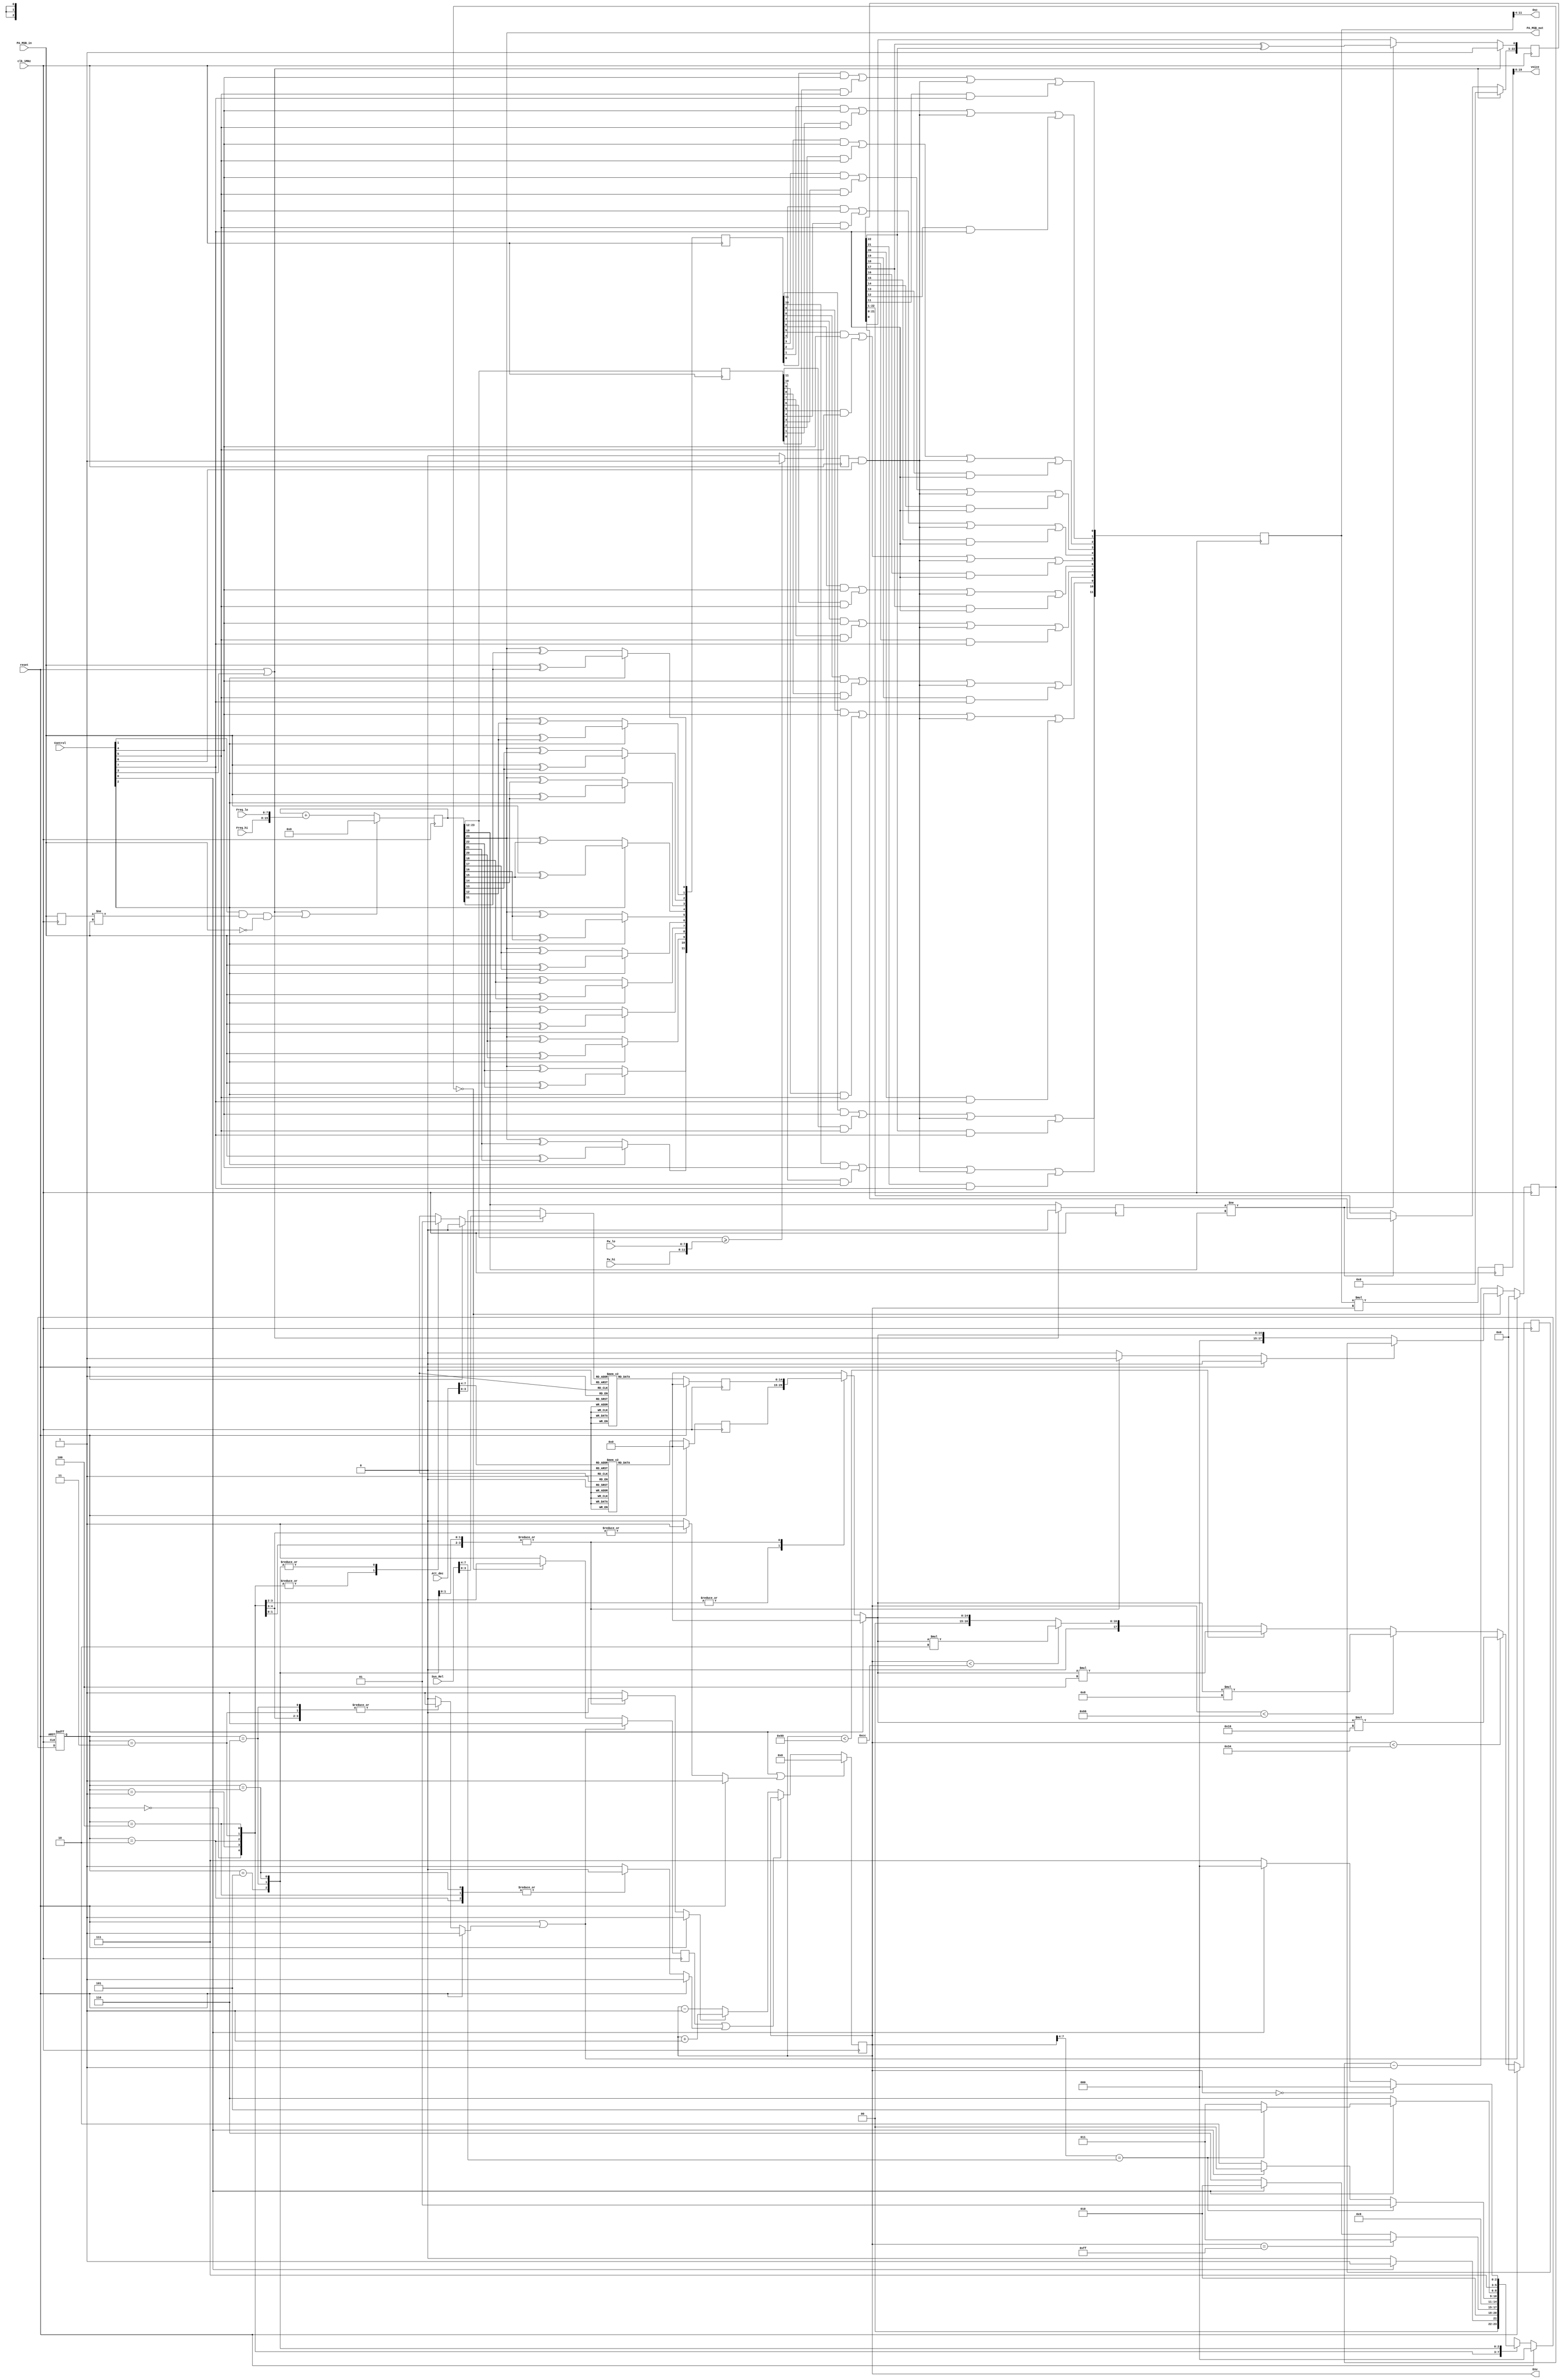
// ============================================================================
//
//                                 SID 6581 (voice)
//
//     This piece of VHDL code describes a single SID voice (sound channel)
//
// ============================================================================
// to do:   - better resolution of result signal voice, this is now only 12bits
// but it could be 20 !! Problem, it does not fit the PWM-dac
// ============================================================================

module sid_voice
  (
     input         clk_1MHz , // this line drives the oscilator
     input         reset , // active high signal (i.e. registers are reset when reset=1)
     input [7:0]   Freq_lo , // low-byte of frequency register
     input [7:0]   Freq_hi , // high-byte of frequency register
     input [7:0]   Pw_lo , // low-byte of PuleWidth register
     input [3:0]   Pw_hi , // high-nibble of PuleWidth register
     input [7:0]   Control , // control register
     input [7:0]   Att_dec , // attack-deccay register
     input [7:0]   Sus_Rel , // sustain-release register
     input         PA_MSB_in , // Phase Accumulator MSB input
     output        PA_MSB_out , // Phase Accumulator MSB output
     output [7:0]  Osc , // Voice waveform register
     output [7:0]  Env , // Voice envelope register
     output [11:0] voice
     );

// ============================================================================
// Altera multiplier
// COMPONENT lpm_mult
// GENERIC
// (
//    lpm_hint    : STRING;
//    lpm_representation      : STRING;
//    lpm_type    : STRING;
//    lpm_widtha     : NATURAL;
//    lpm_widthb     : NATURAL;
//    lpm_widthp     : NATURAL;
//    lpm_widths     : NATURAL
// );
// PORT
// (
//    dataa    : IN  STD_LOGIC_VECTOR (11 DOWNTO 0);
//    datab    : IN  STD_LOGIC_VECTOR (7 DOWNTO 0);
//    result   : OUT STD_LOGIC_VECTOR (19 DOWNTO 0)
// );
// END COMPONENT;

// ============================================================================

   reg [23:0]      accumulator              = 0;
   reg             accu_bit_prev            = 1'b0;
   reg             PA_MSB_in_prev           = 1'b0;

   // this type of signal has only two states 0 or 1 (so no more bits are required)
   reg             pulse                    = 1'b0;
   reg [11:0]      sawtooth                 = 0;
   reg [11:0]      triangle                 = 0;
   wire [11:0]     noise;
   reg [22:0]      LFSR                     = 0;

   wire [15:0]     frequency;
   wire [11:0]     pulsewidth;

   // Envelope Generator
   `define st_idle          3'd0
   `define st_attack        3'd1
   `define st_attack_lp     3'd2
   `define st_decay         3'd3
   `define st_decay_lp      3'd4
   `define st_sustain       3'd5
   `define st_release       3'd6
   `define st_release_lp    3'd7

   reg [2:0]   cur_state;
   reg [2:0]   next_state;

   reg [14:0]  divider_value           = 0;
   reg [14:0]  divider_attack          = 0;
   reg [14:0]  divider_dec_rel         = 0;
   reg [17:0]  divider_counter         = 0;
   reg [17:0]  exp_table_value         = 0;
   reg         exp_table_active        = 1'b0;
   reg         divider_rst             = 1'b0;
   reg [3:0]   Dec_rel                 = 0;
   reg         Dec_rel_sel             = 1'b0;

   reg [7:0]   env_counter             = 0;
   reg         env_count_hold_A        = 1'b0;
   reg         env_count_hold_B        = 1'b0;
   reg         env_cnt_up              = 1'b0;
   reg         env_cnt_clear           = 1'b0;

   reg [11:0]  signal_mux              = 0;
   reg [19:0]  signal_vol              = 0;

   ////////////////////////////////////////////////////////////////////////////////////-

   // stop the oscillator when test = 1'b1
   wire    test                   = Control[3];
   // Ring Modulation was accomplished by substituting the accumulator MSB of an
   // oscillator in the EXOR function of the triangle waveform generator with the
   // accumulator MSB of the previous oscillator. That is why the triangle waveform
   // must be selected to use Ring Modulation.
   wire    ringmod                 = Control[2];
   // Hard Sync was accomplished by clearing the accumulator of an Oscillator
   // based on the accumulator MSB of the previous oscillator.
   wire    sync                    = Control[1];
   //
   wire    gate                    = Control[0];

////////////////////////////////////////////////////////////////////////////////////-

   // output the Phase accumulator's MSB for sync and ringmod purposes
   assign PA_MSB_out              = accumulator[23];
   // output the upper 8-bits of the waveform.
   // Useful for random numbers (noise must be selected)
   assign Osc                     = signal_mux[11:4];
   // output the envelope register, for special sound effects when connecting this
   // signal to the input of other channels/voices
   assign Env                     = env_counter;
   // use the register value to fill the variable
   assign frequency               = { Freq_hi, Freq_lo };
   // use the register value to fill the variable
   assign pulsewidth              = { Pw_hi, Pw_lo };
   //
   assign voice                   = signal_vol[19:8];

   // Phase accumulator :
   // "As I recall, the Oscillator is a 24-bit phase-accumulating design of which
   // the lower 16-bits are programmable for pitch control. The output of the
   // accumulator goes directly to a D/A converter through a waveform selector.
   // Normally, the output of a phase-accumulating oscillator would be used as an
   // address into memory which contained a wavetable, but SID had to be entirely
   // self-contained and there was no room at all for a wavetable on the chip."
   // "Hard Sync was accomplished by clearing the accumulator of an Oscillator
   // based on the accumulator MSB of the previous oscillator."
   always @(posedge clk_1MHz)
     begin
        PA_MSB_in_prev <= PA_MSB_in;
        // the reset and test signal can stop the oscillator,
        // stopping the oscillator is very useful when you want to play "samples"
        if ((reset == 1'b1) | (test == 1'b1) | ((sync == 1'b1) & (PA_MSB_in_prev != PA_MSB_in) & (PA_MSB_in == 1'b0)))
          accumulator <= 0;
        else
          // accumulate the new phase (i.o.w. increment env_counter with the freq. value)
          accumulator <= accumulator + {1'b0, frequency};
     end // always @ (posedge clk_1MHz)

   // Sawtooth waveform :
   // "The Sawtooth waveform was created by sending the upper 12-bits of the
   // accumulator to the 12-bit Waveform D/A."
   always @(posedge clk_1MHz)
     begin
        sawtooth <= accumulator[23:12];
     end

   //Pulse waveform :
   // "The Pulse waveform was created by sending the upper 12-bits of the
   // accumulator to a 12-bit digital comparator. The output of the comparator was
   // either a one or a zero. This single output was then sent to all 12 bits of
   // the Waveform D/A. "
   always @(posedge clk_1MHz)
     begin
        if ((accumulator[23:12]) >= pulsewidth)
          pulse <= 1'b1;
        else
          pulse <= 1'b0;
     end

   //Triangle waveform :
   // "The Triangle waveform was created by using the MSB of the accumulator to
   // invert the remaining upper 11 accumulator bits using EXOR gates. These 11
   // bits were then left-shifted (throwing away the MSB) and sent to the Waveform
   // D/A (so the resolution of the triangle waveform was half that of the sawtooth,
   // but the amplitude and frequency were the same). "
   // "Ring Modulation was accomplished by substituting the accumulator MSB of an
   // oscillator in the EXOR function of the triangle waveform generator with the
   // accumulator MSB of the previous oscillator. That is why the triangle waveform
   // must be selected to use Ring Modulation."
   always @(posedge clk_1MHz)
     begin
        if (ringmod == 1'b0)
          begin
             // no ringmodulation
             triangle[11]<= accumulator[23] ^ accumulator[22];
             triangle[10]<= accumulator[23] ^ accumulator[21];
             triangle[9] <= accumulator[23] ^ accumulator[20];
             triangle[8] <= accumulator[23] ^ accumulator[19];
             triangle[7] <= accumulator[23] ^ accumulator[18];
             triangle[6] <= accumulator[23] ^ accumulator[17];
             triangle[5] <= accumulator[23] ^ accumulator[16];
             triangle[4] <= accumulator[23] ^ accumulator[15];
             triangle[3] <= accumulator[23] ^ accumulator[14];
             triangle[2] <= accumulator[23] ^ accumulator[13];
             triangle[1] <= accumulator[23] ^ accumulator[12];
             triangle[0] <= accumulator[23] ^ accumulator[11];
          end
        else
          // ringmodulation by the other voice [previous voice]
          begin
             triangle[11]<= PA_MSB_in ^ accumulator[22];
             triangle[10]<= PA_MSB_in ^ accumulator[21];
             triangle[9] <= PA_MSB_in ^ accumulator[20];
             triangle[8] <= PA_MSB_in ^ accumulator[19];
             triangle[7] <= PA_MSB_in ^ accumulator[18];
             triangle[6] <= PA_MSB_in ^ accumulator[17];
             triangle[5] <= PA_MSB_in ^ accumulator[16];
             triangle[4] <= PA_MSB_in ^ accumulator[15];
             triangle[3] <= PA_MSB_in ^ accumulator[14];
             triangle[2] <= PA_MSB_in ^ accumulator[13];
             triangle[1] <= PA_MSB_in ^ accumulator[12];
             triangle[0] <= PA_MSB_in ^ accumulator[11];
          end
     end

   //Noise (23-bit Linear Feedback Shift Register, max combinations = 8388607) :
   // "The Noise waveform was created using a 23-bit pseudo-random sequence
   // generator (i.e., a shift register with specific outputs fed back to the input
   // through combinatorial logic). The shift register was clocked by one of the
   // intermediate bits of the accumulator to keep the frequency content of the

   // noise waveform relatively the same as the pitched waveforms.
   // The upper 12-bits of the shift register were sent to the Waveform D/A."
   assign noise = LFSR[22:11];

   always @(posedge clk_1MHz)
     begin
        // the test signal can stop the oscillator,
        // stopping the oscillator is very useful when you want to play "samples"
        if ((reset == 1'b1) | (test == 1'b1))
          begin
             accu_bit_prev <= 1'b0;
             // the "seed" value (the value that eventually determines the output
             // pattern) may never be 1'b0 otherwise the generator "locks up"
             LFSR <= 23'b00000000000000000000001;
          end
        else
          begin
             accu_bit_prev <= accumulator[19];
             // when not equal to ...
             if (accu_bit_prev != accumulator[19])
               begin
                  LFSR[22:1] <= LFSR[21:0];
                  LFSR[0]    <= LFSR[17] ^ LFSR[22];  // see Xilinx XAPP052 for maximal LFSR taps
               end
             else
               begin
                  LFSR <= LFSR;
               end
          end
     end

   // Waveform Output selector (MUX):
   // "Since all of the waveforms were just digital bits, the Waveform Selector
   // consisted of multiplexers that selected which waveform bits would be sent
   // to the Waveform D/A. The multiplexers were single transistors and did not
   // provide a "lock-out", allowing combinations of the waveforms to be selected.
   // The combination was actually a logical ANDing of the bits of each waveform,
   // which produced unpredictable results, so I didn't encourage this, especially
   // since it could lock up the pseudo-random sequence generator by filling it
   // with zeroes."
   always @(posedge clk_1MHz)
     begin
         signal_mux[11] <= (triangle[11] & Control[4]) | (sawtooth[11] & Control[5]) | (pulse & Control[6]) | (noise[11] & Control[7]);
         signal_mux[10] <= (triangle[10] & Control[4]) | (sawtooth[10] & Control[5]) | (pulse & Control[6]) | (noise[10] & Control[7]);
         signal_mux[9]  <= (triangle[9]  & Control[4]) | (sawtooth[9]  & Control[5]) | (pulse & Control[6]) | (noise[9]  & Control[7]);
         signal_mux[8]  <= (triangle[8]  & Control[4]) | (sawtooth[8]  & Control[5]) | (pulse & Control[6]) | (noise[8]  & Control[7]);
         signal_mux[7]  <= (triangle[7]  & Control[4]) | (sawtooth[7]  & Control[5]) | (pulse & Control[6]) | (noise[7]  & Control[7]);
         signal_mux[6]  <= (triangle[6]  & Control[4]) | (sawtooth[6]  & Control[5]) | (pulse & Control[6]) | (noise[6]  & Control[7]);
         signal_mux[5]  <= (triangle[5]  & Control[4]) | (sawtooth[5]  & Control[5]) | (pulse & Control[6]) | (noise[5]  & Control[7]);
         signal_mux[4]  <= (triangle[4]  & Control[4]) | (sawtooth[4]  & Control[5]) | (pulse & Control[6]) | (noise[4]  & Control[7]);
         signal_mux[3]  <= (triangle[3]  & Control[4]) | (sawtooth[3]  & Control[5]) | (pulse & Control[6]) | (noise[3]  & Control[7]);
         signal_mux[2]  <= (triangle[2]  & Control[4]) | (sawtooth[2]  & Control[5]) | (pulse & Control[6]) | (noise[2]  & Control[7]);
         signal_mux[1]  <= (triangle[1]  & Control[4]) | (sawtooth[1]  & Control[5]) | (pulse & Control[6]) | (noise[1]  & Control[7]);
         signal_mux[0]  <= (triangle[0]  & Control[4]) | (sawtooth[0]  & Control[5]) | (pulse & Control[6]) | (noise[0]  & Control[7]);
      end

   // Waveform envelope (volume) control :
   // "The output of the Waveform D/A (which was an analog voltage at this point)
   // was fed into the reference input of an 8-bit multiplying D/A, creating a DCA
   // (digitally-controlled-amplifier). The digital control word which modulated
   // the amplitude of the waveform came from the Envelope Generator."
   // "The 8-bit output of the Envelope Generator was then sent to the Multiplying
   // D/A converter to modulate the amplitude of the selected Oscillator Waveform
   // (to be technically accurate, actually the waveform was modulating the output
   // of the Envelope Generator, but the result is the same)."
   always @(posedge clk_1MHz)
     begin
        //calculate the resulting volume (due to the envelope generator) of the
        //voice, signal_mux(12bit) * env_counter(8bit), so the result will
        //require 20 bits !!
        signal_vol  <= signal_mux * env_counter;
     end

   // Envelope generator :
   // "The Envelope Generator was simply an 8-bit up/down counter which, when
   // triggered by the Gate bit, counted from 0 to 255 at the Attack rate, from
   // 255 down to the programmed Sustain value at the Decay rate, remained at the
   // Sustain value until the Gate bit was cleared then counted down from the
   // Sustain value to 0 at the Release rate."
   //
   //          /\
   //         /  \
   //        / |  \________
   //       /  |   |       \
   //      /   |   |       |\
   //     /    |   |       | \
   //    attack|dec|sustain|rel

   // this process controls the state machine "current-state"-value
   always @(posedge clk_1MHz, posedge reset)
     begin
        if (reset == 1'b1)
          cur_state <= `st_idle;
        else
          cur_state <= next_state;
     end

   // this process controls the envelope (in other words, the volume control)
   always @(*)
     begin
        if (reset == 1'b1)
          begin
             next_state       <= `st_idle;
             env_cnt_clear    <= 1'b1;
             env_cnt_up       <= 1'b1;
             env_count_hold_B <= 1'b1;
             divider_rst      <= 1'b1;
             divider_value    <= 0;
             exp_table_active <= 1'b0;
             Dec_rel_sel      <= 1'b0;      // select decay as input for decay/release table
          end
        else
          begin
             env_cnt_clear    <= 1'b0;      // use this statement unless stated otherwise
             env_cnt_up       <= 1'b1;      // use this statement unless stated otherwise
             env_count_hold_B <= 1'b1;      // use this statement unless stated otherwise
             divider_rst      <= 1'b0;      // use this statement unless stated otherwise
             divider_value    <= 0;       // use this statement unless stated otherwise
             exp_table_active <= 1'b0;      // use this statement unless stated otherwise

             case (cur_state)

               // IDLE
               `st_idle:
                 begin
                    env_cnt_clear  <= 1'b1;     // clear envelope env_counter
                    divider_rst    <= 1'b1;
                    Dec_rel_sel    <= 1'b0;     // select decay as input for decay/release table
                    if (gate == 1'b1)
                      next_state   <= `st_attack;
                    else
                      next_state   <= `st_idle;
                 end

               `st_attack:
                 begin
                    env_cnt_clear  <= 1'b1;        // clear envelope env_counter
                    divider_rst    <= 1'b1;
                    divider_value  <= divider_attack;
                    next_state     <= `st_attack_lp;
                    Dec_rel_sel    <= 1'b0;        // select decay as input for decay/release table
                 end
               `st_attack_lp:
                 begin
                    env_count_hold_B  <= 1'b0;     // enable envelope env_counter
                    env_cnt_up        <= 1'b1;     // envelope env_counter must count up (increment)
                    divider_value     <= divider_attack;
                    Dec_rel_sel       <= 1'b0;     // select decay as input for decay/release table
                    if (env_counter == 8'hff)
                      next_state      <= `st_decay;
                    else
                      if (gate == 1'b0)
                        next_state    <= `st_release;
                      else
                        next_state    <= `st_attack_lp;
                 end

               `st_decay:
                 begin
                    divider_rst       <= 1'b1;
                    exp_table_active  <= 1'b1;     // activate exponential look-up table
                    env_cnt_up        <= 1'b0;     // envelope env_counter must count down (decrement)
                    divider_value     <= divider_dec_rel;
                    next_state        <= `st_decay_lp;
                    Dec_rel_sel       <= 1'b0;     // select decay as input for decay/release table
                 end

               `st_decay_lp:
                 begin
                    exp_table_active  <= 1'b1;     // activate exponential look-up table
                    env_count_hold_B  <= 1'b0;     // enable envelope env_counter
                    env_cnt_up        <= 1'b0;     // envelope env_counter must count down (decrement)
                    divider_value     <= divider_dec_rel;
                    Dec_rel_sel       <= 1'b0;     // select decay as input for decay/release table
                    if (env_counter[7:4] == Sus_Rel[7:4])
                      next_state      <= `st_sustain;
                    else
                      if (gate == 1'b0)
                        next_state    <= `st_release;
                      else
                        next_state    <= `st_decay_lp;
                 end

               // "A digital comparator was used for the Sustain function. The upper
               // four bits of the Up/Down counter were compared to the programmed
               // Sustain value and would stop the clock to the Envelope Generator when
               // the counter counted down to the Sustain value. This created 16 linearly
               // spaced sustain levels without havingto go through a look-up table
               // translation between the 4-bit register value and the 8-bit Envelope
               // Generator output. It also meant that sustain levels were adjustable
               // in steps of 16. Again, more register bits would have provided higher
               // resolution."
               // "When the Gate bit was cleared, the clock would again be enabled,
               // allowing the counter to count down to zero. Like an analog envelope
               // generator, the SID Envelope Generator would track the Sustain level
               // if it was changed to a lower value during the Sustain portion of the
               // envelope, however, it would not count UP if the Sustain level were set
               // higher." Instead it would count down to 1'b0.
               `st_sustain:
                 begin
                    divider_value     <= 0;
                    Dec_rel_sel          <=1'b1;         // select release as input for decay/release table
                    if (gate == 1'b0)
                      next_state      <= `st_release;
                    else
                      if (env_counter[7:4] == Sus_Rel[7:4])
                        next_state    <= `st_sustain;
                      else
                        next_state    <= `st_decay;
                 end

               `st_release:
                 begin
                    divider_rst       <= 1'b1;
                    exp_table_active  <= 1'b1;     // activate exponential look-up table
                    env_cnt_up        <= 1'b0;     // envelope env_counter must count down (decrement)
                    divider_value     <= divider_dec_rel;
                    Dec_rel_sel       <= 1'b1;     // select release as input for decay/release table
                    next_state        <= `st_release_lp;
                 end

               `st_release_lp:
                 begin
                    exp_table_active  <= 1'b1;     // activate exponential look-up table
                    env_count_hold_B  <= 1'b0;     // enable envelope env_counter
                    env_cnt_up        <= 1'b0;     // envelope env_counter must count down (decrement)
                    divider_value     <= divider_dec_rel;
                    Dec_rel_sel       <= 1'b1;     // select release as input for decay/release table
                    if (env_counter == 8'h00)
                      next_state      <= `st_idle;
                    else
                      if (gate == 1'b1)
                        next_state    <= `st_idle;
                      else
                        next_state    <= `st_release_lp;
                 end

            default:
              begin
                 divider_value  <= 0;
                 Dec_rel_sel       <= 1'b0;     // select decay as input for decay/release table
                 next_state        <= `st_idle;
              end
             endcase
          end
     end

   // 8 bit up/down env_counter
   always @(posedge clk_1MHz)
     begin
        if ((reset == 1'b1) | (env_cnt_clear == 1'b1))
          env_counter <= 0;
        else
          if ((env_count_hold_A == 1'b1) | (env_count_hold_B == 1'b1))
            env_counter <= env_counter;
          else
            if (env_cnt_up == 1'b1)
              env_counter <= env_counter + 1'b1;
            else
              env_counter <= env_counter - 1'b1;
     end

   // Divider  :
   // "A programmable frequency divider was used to set the various rates
   // (unfortunately I don't remember how many bits the divider was, either 12
   // or 16 bits). A small look-up table translated the 16 register-programmable
   // values to the appropriate number to load into the frequency divider.
   // Depending on what state the Envelope Generator was in (i.e. ADS or R), the
   // appropriate register would be selected and that number would be translated
   // and loaded into the divider. Obviously it would have been better to have
   // individual bit control of the divider which would have provided great
   // resolution for each rate, however I did not have enough silicon area for a
   // lot of register bits. Using this approach, I was able to cram a wide range
   // of rates into 4 bits, allowing the ADSR to be defined in two bytes instead
   // of eight. The actual numbers in the look-up table were arrived at
   // subjectively by setting up typical patches on a Sequential Circuits Pro-1
   // and measuring the envelope times by ear (which is why the available rates
   // seem strange)!"
   always @(posedge clk_1MHz)
     begin
        if ((reset == 1'b1) | (divider_rst == 1'b1))
          begin
             env_count_hold_A <= 1'b1;
             divider_counter   <= 0;
          end
        else
          begin
             if (divider_counter == 0)
               begin
                  env_count_hold_A  <= 1'b0;
                  if (exp_table_active == 1'b1)
                    divider_counter   <= exp_table_value;
                  else
                    divider_counter   <= divider_value;
               end
             else
               begin
                  env_count_hold_A  <= 1'b1;
                  divider_counter   <= divider_counter - 1'b1;
               end
          end
     end

   // Piese-wise linear approximation of an exponential :
   // "In order to more closely model the exponential decay of sounds, another
   // look-up table on the output of the Envelope Generator would sequentially
   // divide the clock to the Envelope Generator by two at specific counts in the
   // Decay and Release cycles. This created a piece-wise linear approximation of
   // an exponential. I was particularly happy how well this worked considering
   // the simplicity of the circuitry. The Attack, however, was linear, but this
   // sounded fine."
   // The clock is divided by two at specific values of the envelope generator to
   // create an exponential.
   always @(posedge clk_1MHz)
     begin
        if (reset == 1'b1)
          exp_table_value   <= 0;
        else
          if (env_counter < 52)
            exp_table_value <= divider_value * 16;
          else if (env_counter < 102)
            exp_table_value <= divider_value * 8;
          else if (env_counter < 153)
            exp_table_value <= divider_value * 4;
          else if (env_counter < 204)
            exp_table_value <= divider_value * 2;
          else
            exp_table_value <= divider_value;
     end

   // Attack Lookup table :
   // It takes 255 clock cycles from zero to peak value. Therefore the divider
   // equals (attack rate / clockcycletime of 1MHz clock) / 254;
   always @(posedge clk_1MHz)
     begin
        if (reset == 1'b1)
          divider_attack <= 0;
        else
          case (Att_dec[7:4])
               4'b0000: divider_attack <= 8;       //attack rate: (   2mS / 1uS per clockcycle) /254 steps
               4'b0001: divider_attack <= 31;         //attack rate: (   8mS / 1uS per clockcycle) /254 steps
               4'b0010: divider_attack <= 63;         //attack rate: (  16mS / 1uS per clockcycle) /254 steps
               4'b0011: divider_attack <= 94;         //attack rate: (  24mS / 1uS per clockcycle) /254 steps
               4'b0100: divider_attack <= 150;     //attack rate: (  38mS / 1uS per clockcycle) /254 steps
               4'b0101: divider_attack <= 220;     //attack rate: (  56mS / 1uS per clockcycle) /254 steps
               4'b0110: divider_attack <= 268;     //attack rate: (  68mS / 1uS per clockcycle) /254 steps
               4'b0111: divider_attack <= 315;     //attack rate: (  80mS / 1uS per clockcycle) /254 steps
               4'b1000: divider_attack <= 394;     //attack rate: ( 100mS / 1uS per clockcycle) /254 steps
               4'b1001: divider_attack <= 984;     //attack rate: ( 250mS / 1uS per clockcycle) /254 steps
               4'b1010: divider_attack <= 1968;    //attack rate: ( 500mS / 1uS per clockcycle) /254 steps
               4'b1011: divider_attack <= 3150;    //attack rate: ( 800mS / 1uS per clockcycle) /254 steps
               4'b1100: divider_attack <= 3937;    //attack rate: (1000mS / 1uS per clockcycle) /254 steps
               4'b1101: divider_attack <= 11811;   //attack rate: (3000mS / 1uS per clockcycle) /254 steps
               4'b1110: divider_attack <= 19685;   //attack rate: (5000mS / 1uS per clockcycle) /254 steps
               4'b1111: divider_attack <= 31496;   //attack rate: (8000mS / 1uS per clockcycle) /254 steps
               default: divider_attack <= 0;       //
            endcase
     end

   always @(Dec_rel_sel, Att_dec, Sus_Rel)
     begin
        if (Dec_rel_sel == 1'b0)
          Dec_rel  <= Att_dec[3:0];
        else
          Dec_rel  <= Sus_Rel[3:0];
     end

   // Decay Lookup table :
   // It takes 32 * 51 == 1632 clock cycles to fall from peak level to zero.
   // Release Lookup table :
   // It takes 32 * 51 == 1632 clock cycles to fall from peak level to zero.
   always @(posedge clk_1MHz)
     begin
        if (reset == 1'b1)
          divider_dec_rel <= 0;
        else
          case (Dec_rel)
               4'b0000: divider_dec_rel <= 3;         //release rate: (    6mS / 1uS per clockcycle) / 1632
               4'b0001: divider_dec_rel <= 15;     //release rate: (   24mS / 1uS per clockcycle) / 1632
               4'b0010: divider_dec_rel <= 29;     //release rate: (   48mS / 1uS per clockcycle) / 1632
               4'b0011: divider_dec_rel <= 44;     //release rate: (   72mS / 1uS per clockcycle) / 1632
               4'b0100: divider_dec_rel <= 70;     //release rate: (  114mS / 1uS per clockcycle) / 1632
               4'b0101: divider_dec_rel <= 103;    //release rate: (  168mS / 1uS per clockcycle) / 1632
               4'b0110: divider_dec_rel <= 125;    //release rate: (  204mS / 1uS per clockcycle) / 1632
               4'b0111: divider_dec_rel <= 147;    //release rate: (  240mS / 1uS per clockcycle) / 1632
               4'b1000: divider_dec_rel <= 184;    //release rate: (  300mS / 1uS per clockcycle) / 1632
               4'b1001: divider_dec_rel <= 459;    //release rate: (  750mS / 1uS per clockcycle) / 1632
               4'b1010: divider_dec_rel <= 919;    //release rate: ( 1500mS / 1uS per clockcycle) / 1632
               4'b1011: divider_dec_rel <= 1471;   //release rate: ( 2400mS / 1uS per clockcycle) / 1632
               4'b1100: divider_dec_rel <= 1838;   //release rate: ( 3000mS / 1uS per clockcycle) / 1632
               4'b1101: divider_dec_rel <= 5515;   //release rate: ( 9000mS / 1uS per clockcycle) / 1632
               4'b1110: divider_dec_rel <= 9191;   //release rate: (15000mS / 1uS per clockcycle) / 1632
               4'b1111: divider_dec_rel <= 14706;  //release rate: (24000mS / 1uS per clockcycle) / 1632
               default:  divider_dec_rel <= 0;         //
            endcase
     end

endmodule